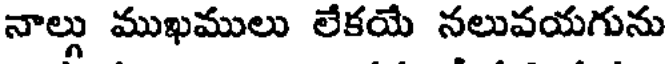
నాల్గు ముఖములు లేకయే నలువయగును